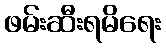
ဖမ်းဆီးရမိရေး